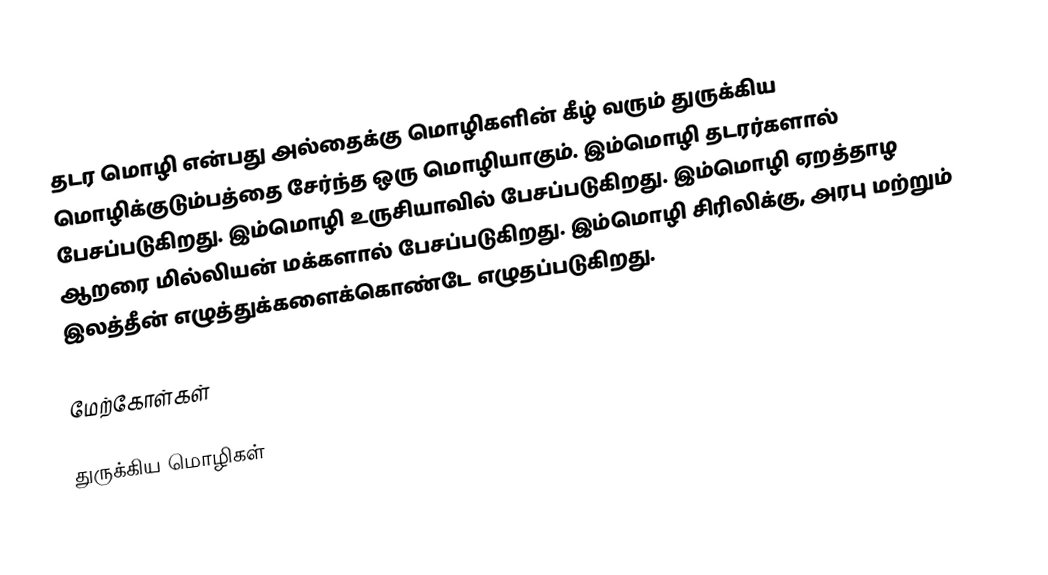
தடர மொழி என்பது அல்தைக்கு மொழிகளின் கீழ் வரும் துருக்கிய மொழிக்குடும்பத்தை சேர்ந்த ஒரு மொழியாகும். இம்மொழி தடரர்களால் பேசப்படுகிறது. இம்மொழி உருசியாவில் பேசப்படுகிறது. இம்மொழி ஏறத்தாழ ஆறரை மில்லியன் மக்களால் பேசப்படுகிறது. இம்மொழி சிரிலிக்கு, அரபு மற்றும் இலத்தீன் எழுத்துக்களைக்கொண்டே எழுதப்படுகிறது.

மேற்கோள்கள்

துருக்கிய மொழிகள்